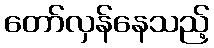
တော်လှန်နေသည့်